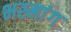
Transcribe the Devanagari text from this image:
भस्मांग